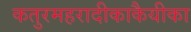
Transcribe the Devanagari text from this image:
कतुरमहरादीकाकैयीका